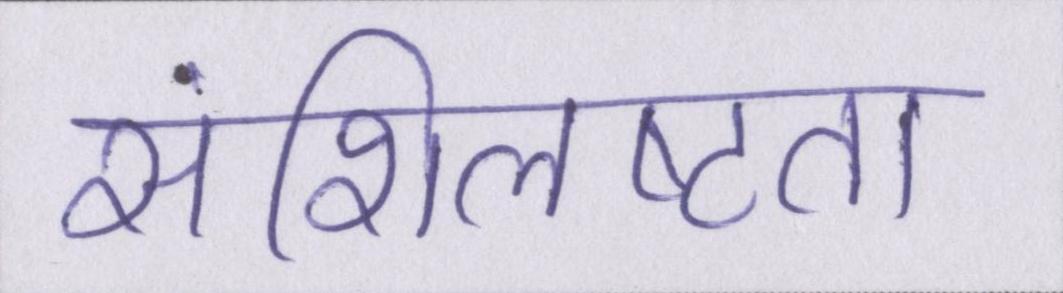
संशिलष्टता